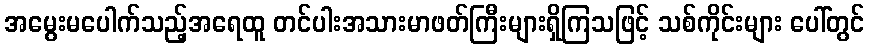
အမွေးမပေါက်သည့်အရေထူ တင်ပါးအသားမာဖတ်ကြီးများရှိကြသဖြင့် သစ်ကိုင်းများ ပေါ်တွင်